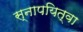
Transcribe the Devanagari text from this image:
स्नापयित्वा